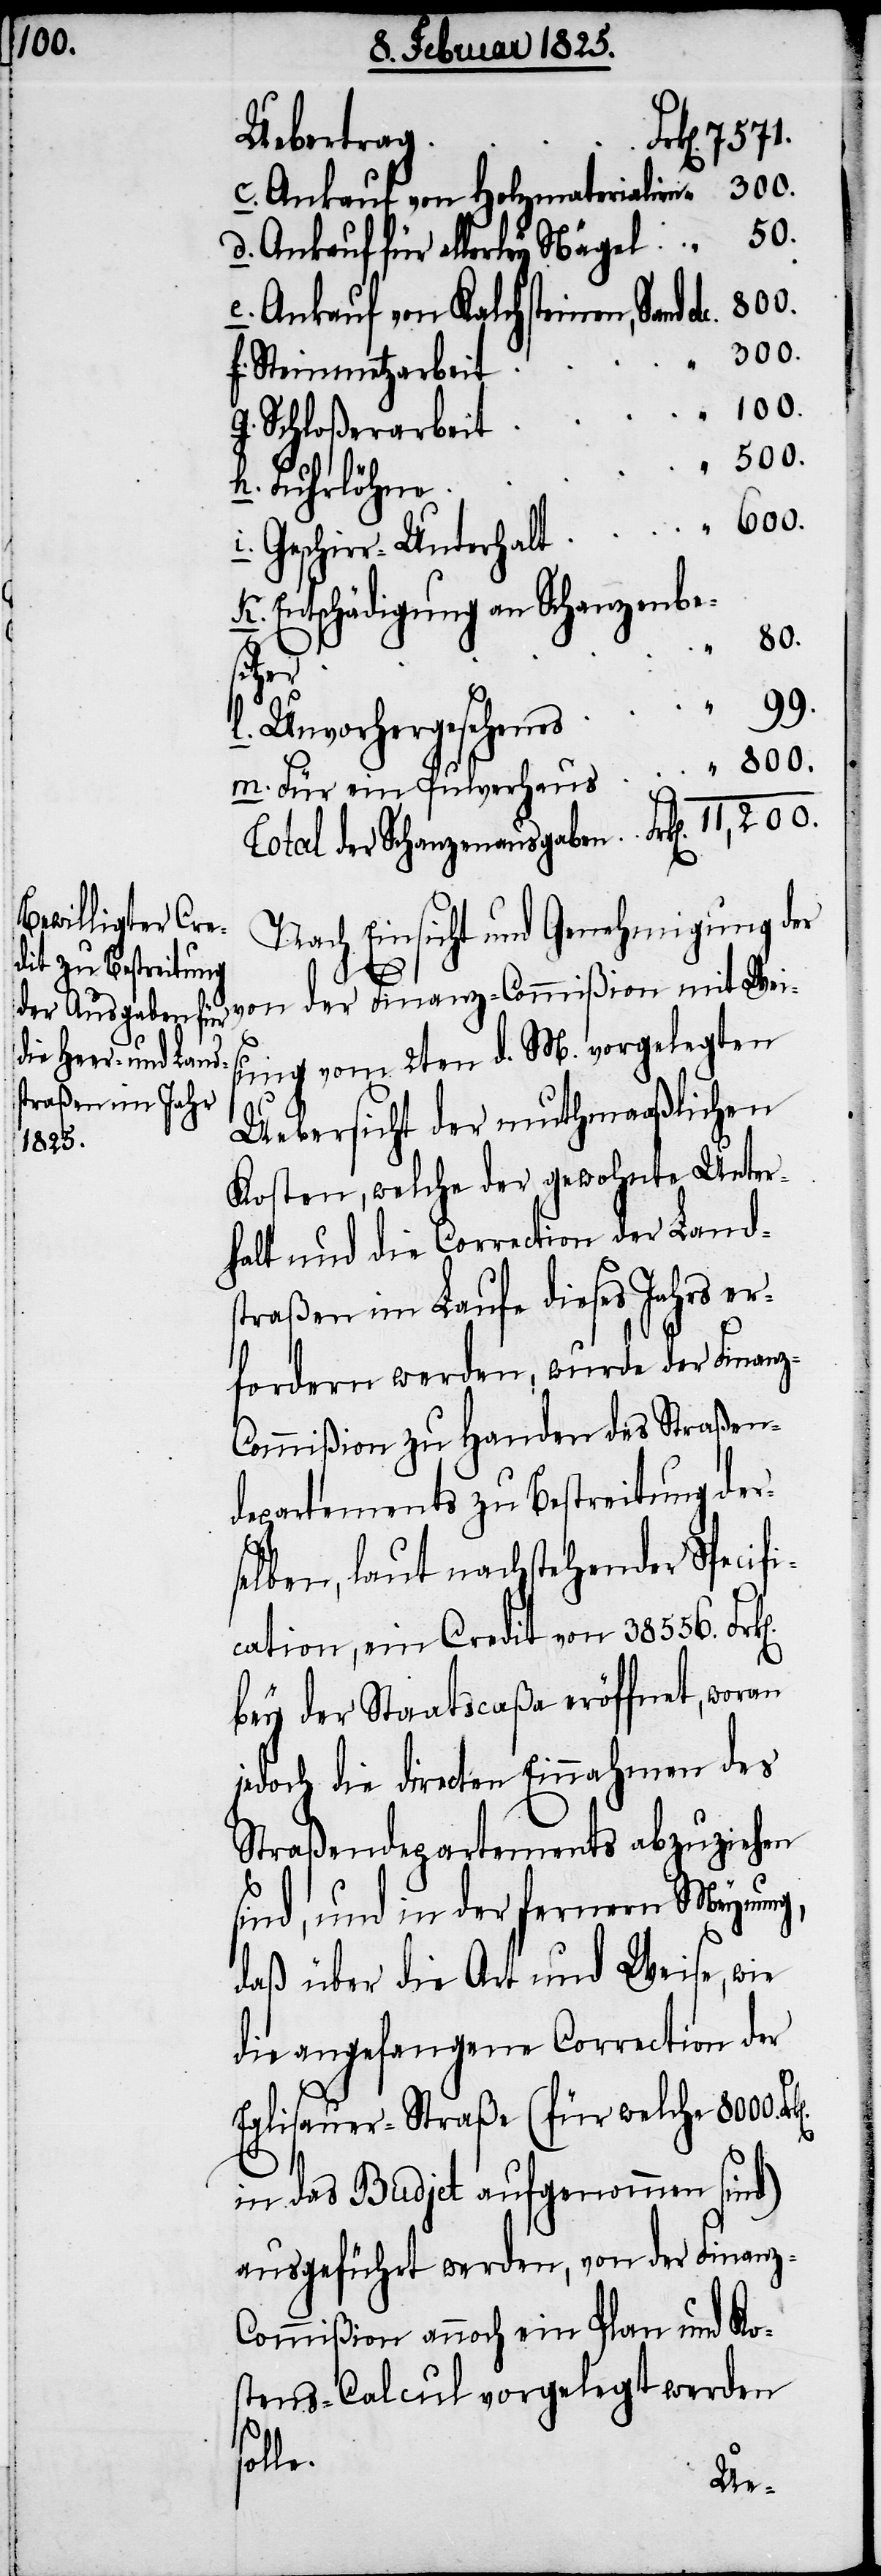
100.

Uebertrag
Ankauf von Holzmaterialien
Ankauf von Kalchsteinen, Sand etc.
m.
Steinmetzarbeit
Schloßerarbeit
Fuhrlöhne
Entschädigung an Schanzenbe¬
800.
sitzer
Total der Schanzenausgaben
Nach Einsicht und Genehmigung der
von der Finanz-Commißion mit Wei¬
sung vom 2ten d. M. vorgelegten
Uebersicht der muthmaaßlichen
Kosten, welche der gewohnte Unter¬
halt und die Correction der Land¬
straßen im Laufe dieses Jahrs er¬
fordern werden, wurde der Finan¬
ommißion zu Handen des Straßen¬
departements zu Bestreitung der¬
selben, laut nachstehender Specifi¬
cation, ein Credit von 38556.
bey der Staatscaßa eröffnet, woran
jedoch die directen Einnahmen des
Straßendepartements abzuziehen
sind, und in der fernern Meynung,
daß über die Art und Weise, wie
die angefangene Correction der
Eglisauer-Straße (für welche 8000.
e.
in das Budjet aufgenommen sind)
ausgeführt werden, von der Finan¬
ommißion annoch ein Plan und Ko¬
stens-Calcul vorgelegt werden
soll¬